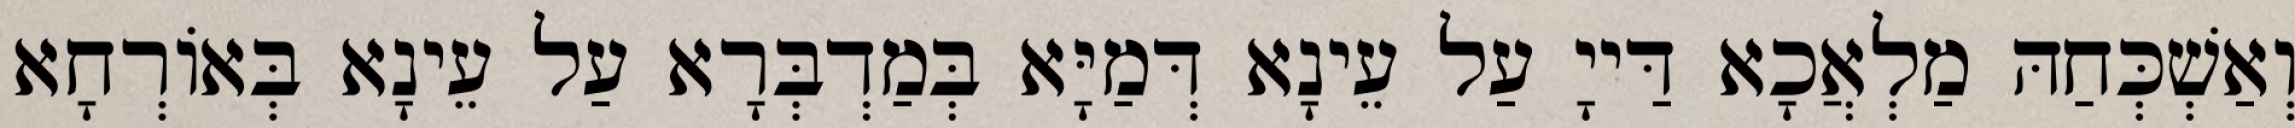
וְאַשְׁכְּחַהּ מַלְאֲכָא דַּייָ עַל עֵינָא דְּמַיָּא בְּמַדְבְּרָא עַל עֵינָא בְּאוֹרְחָא